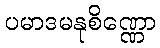
ပမာဒမနုစိဏ္ဏော